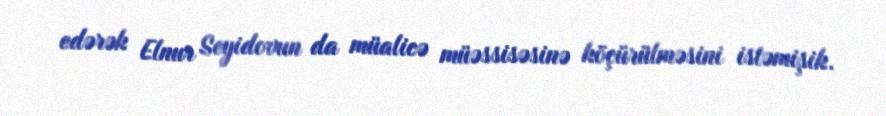
edərək Elnur Seyidovun da müalicə müəssisəsinə köçürülməsini istəmişik.